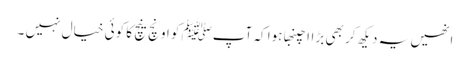
انھیں یہ دیکھ کر بھی بڑاا چنبھا ہوا کہ آپﷺ کو اونچ نیچ کا کوئی خیال نہیں ۔